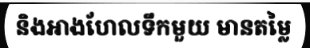
និងអាងហែលទឹកមួយ មានតម្លៃ